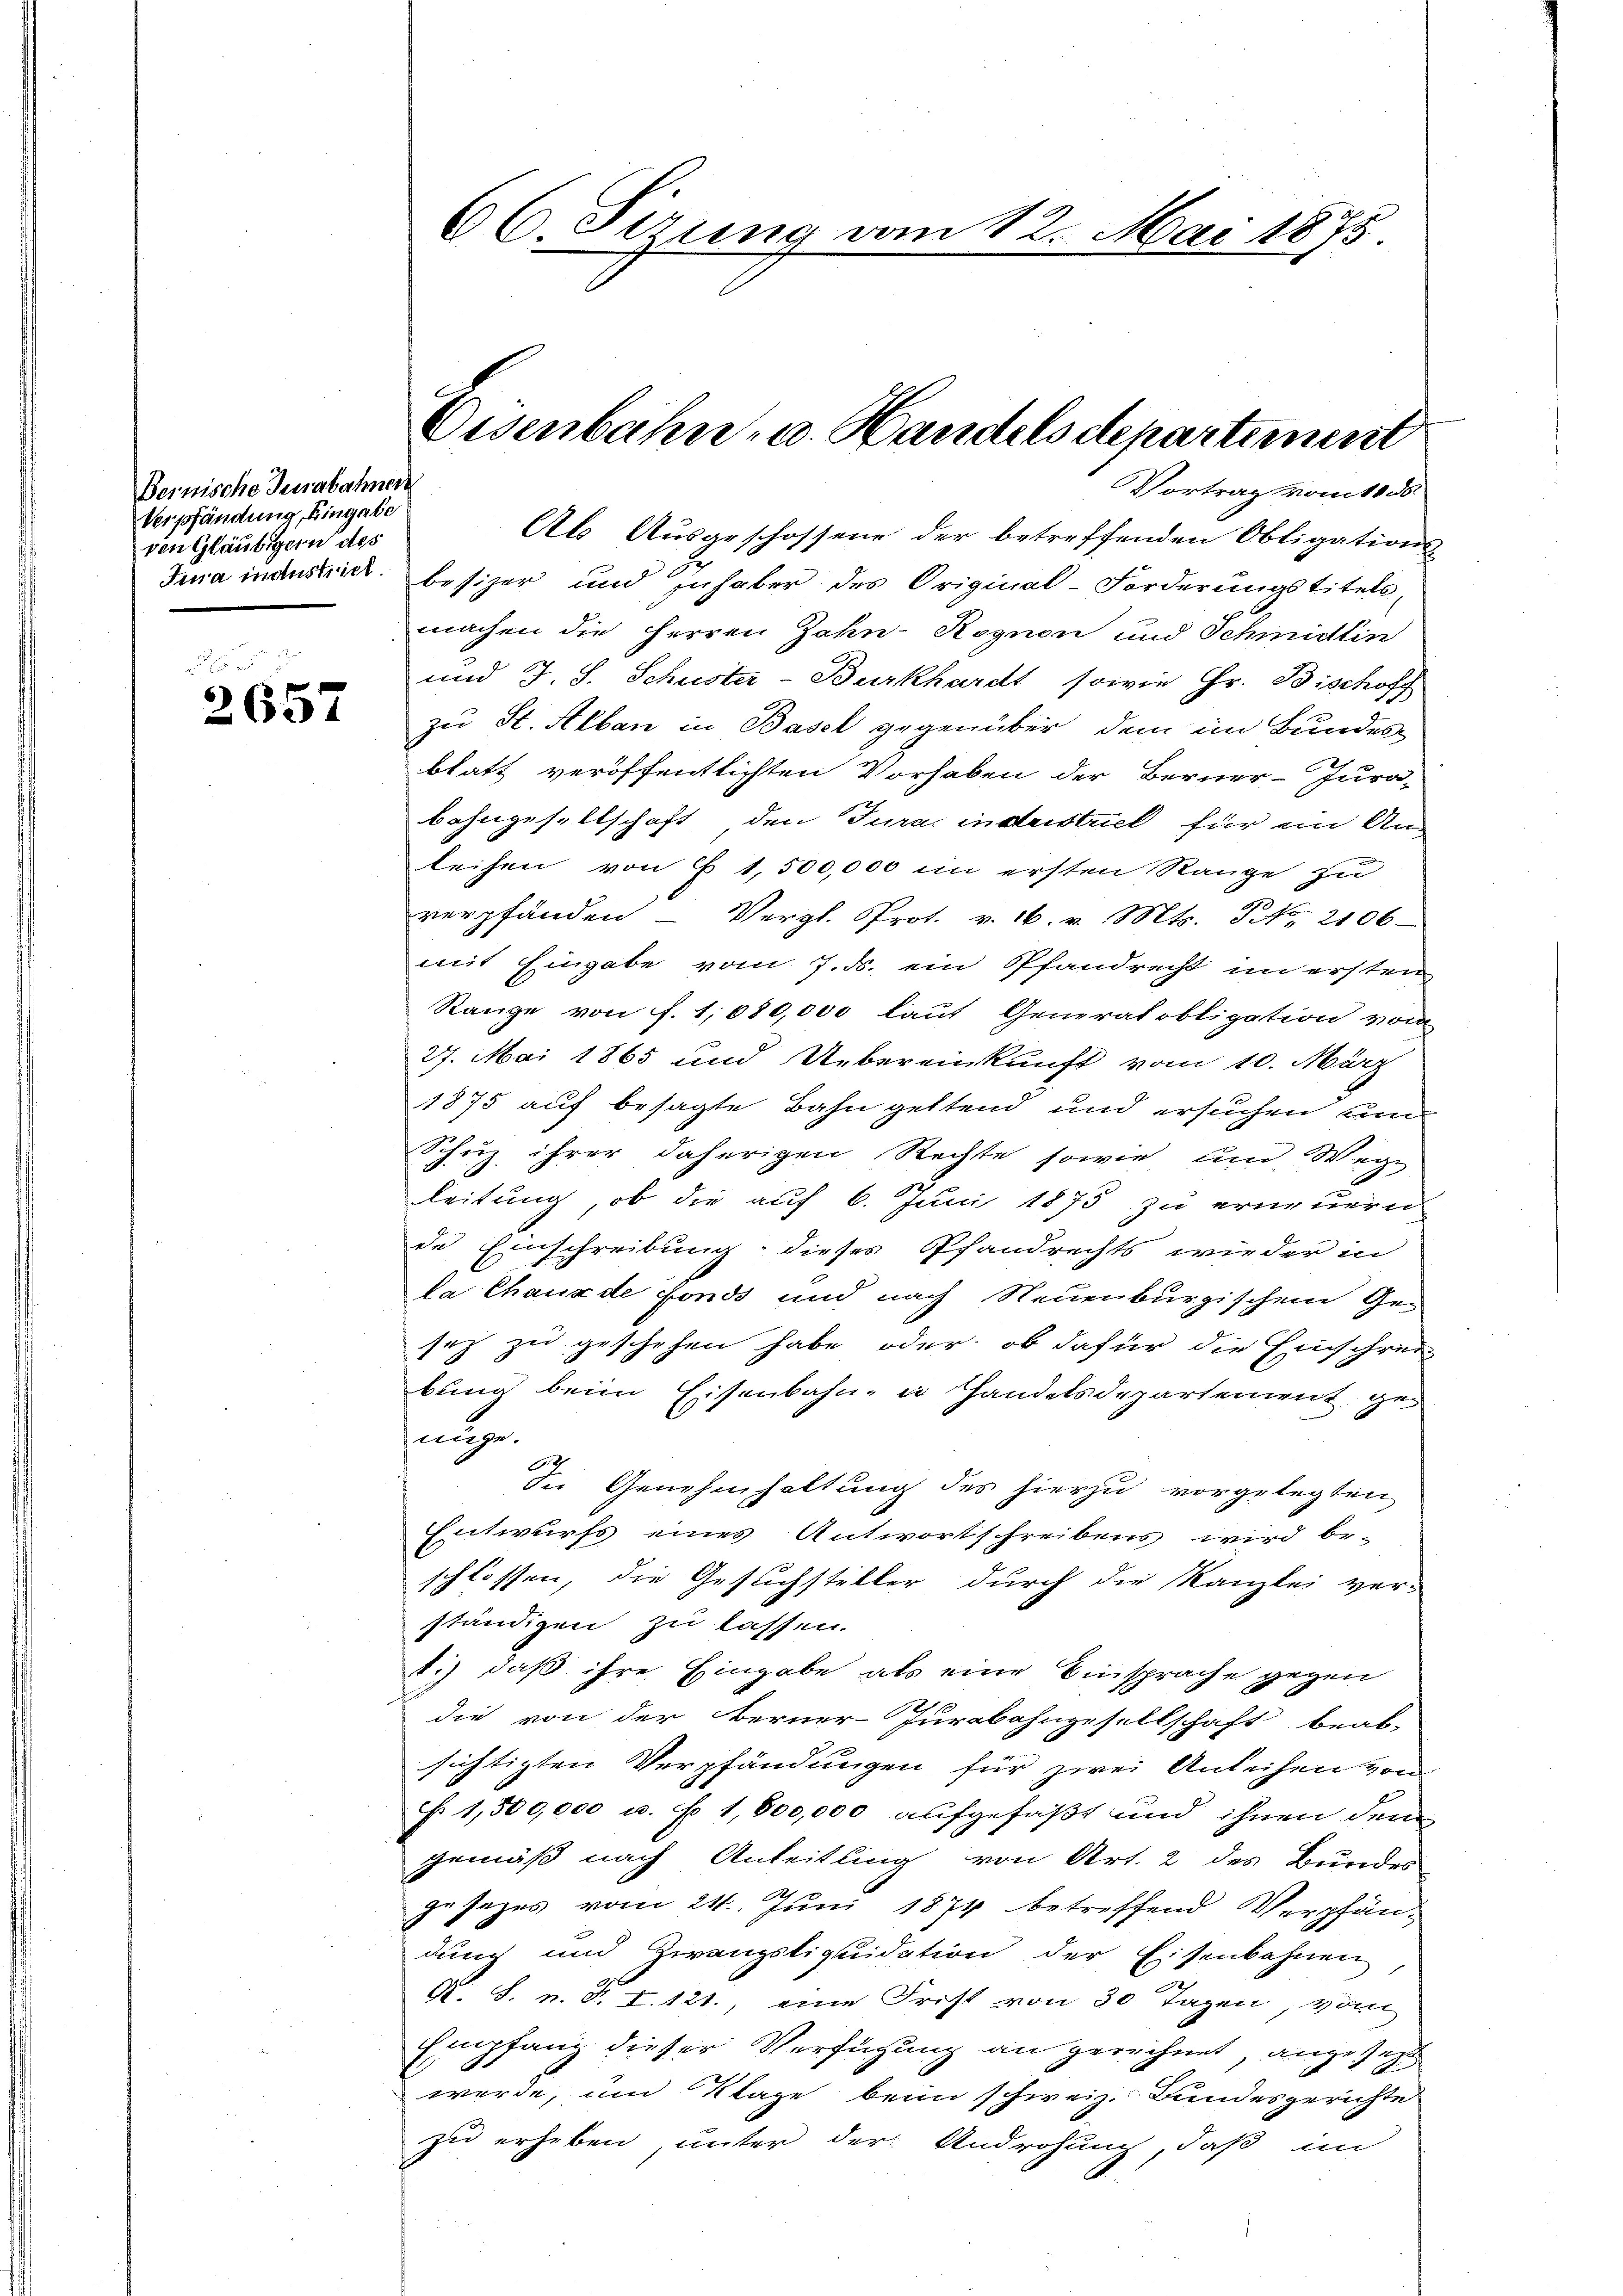
Bernische Teuabahnen
Verpfändung, Eingabe
ven Gläubigern des

2657

66. Sizung vom 12. Mai 1875

Vortrag vom 10 ds
Ab Ausgeschossene der betreffenden Obligations-
Jura inaustrict. Besizer und inhaber des Original-Forderungstitels,
machen die Herren Zahn-Rognon und Schmidlin
 und J. S. Schuster-Burkhardt, sowie Gr. Bischoff
zu St. Alban in Basel gegenüber dem im Bundes
blatt veröffentlichten Vorhaben der Berner-Jura-
bahngesellschaft den Jura inderstrick für ein An-
leihen von § 1,500,000 in ersten Range zu
verpfänden Vergl. Prot. v. 16. v. Mts. No. 2106
mit Eingabe vom 7. ds. ein Pfandrecht im ersten
Range von f. 1,080,000 laut Generalobligation vom
27. Mai 1865 und Uebereinkunft vom 10. März
1875 auf besagte Bahn geltend und ersuchen um
Schuz ihrer daherigen Rechte sowie und Wege
leitung, ob die auf 6. Juni 1875 zu erneuern
de Einschreibung dieses Pfandrechts wieder in
la Chaux de fonds und nach Neuenburgischen Gesez zu geschehen habe oder ob dafür die Einschrei
bung beim Eisenbahn in Handelsdepartement genugen.
2
die Genehmhaltung des hierzu vorgelegten
Entwurfs eines Antwortschreibens wird be-
schlossen, die Gesuchsteller durch die Kanzlei ver-
ständigen zu lassen.
1.) daß ihre Eingabe als eine Einsprache gegen
die von der Berner-Jurabahngesellschaft beab-
sichtigten Verpfändungen für zwei Anleihen von
N 1,500,000 u. f. 1,800,000 aufgefaßt und ihnen dem
gemäß nach Anleitung von Art. 2 des Bundes
gesezes vom 24. Juni 1874 betreffend Verpfändung und Zwangstiquidation der Eisenbahnen
A. S. u. S. I. 121., eine Frist von 30 Tagen, von
Empfang dieser Verfügung an gerechnet, angesetzt
werde, und Klage beim schweiz. Bundesgerichte
zu erheben, unter der Androhung, daß im

Eisenbahn- u. Handels departement